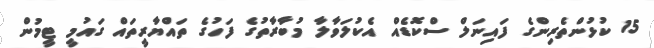
15 ކުޅުންތެރިންގެ ފައިނަލް ސްކޮޑެއް އެކުލަވާލާ މުބާރާތުގެ ފަހުގެ ތައްޔާރީތައް ގައުމީ ޓީމުން